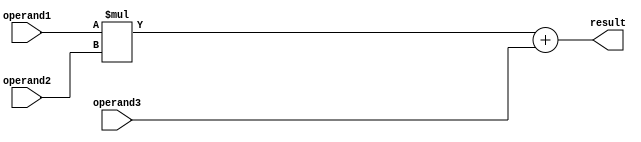
module FMA_FPU (
    input [31:0] operand1,
    input [31:0] operand2,
    input [31:0] operand3,
    output reg [31:0] result
);

reg [31:0] product;
reg [31:0] sum;

// Unpack the inputs
always @(*) begin
    product = operand1 * operand2;
    sum = product + operand3;
end

// Round the final result to the specified precision (not implemented in this example)
always @(*) begin
    result = sum;
end

endmodule